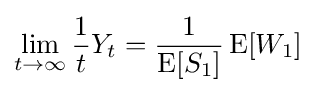
\lim _{t\to \infty }{\frac {1}{t}}Y_{t}={\frac {1}{\operatorname {E} [S_{1}]}}\operatorname {E} [W_{1}]